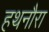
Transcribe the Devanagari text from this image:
हथनौरा